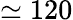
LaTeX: \simeq 120